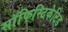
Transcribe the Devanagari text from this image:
सॉफिस्टिकेटिड